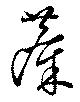
麋